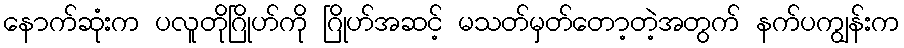
နောက်ဆုံးက ပလူတိုဂြိုဟ်ကို ဂြိုဟ်အဆင့် မသတ်မှတ်တော့တဲ့အတွက် နက်ပကျွန်းက